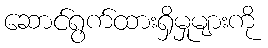
ဆောင်ရွက်ထားရှိမှုများကို